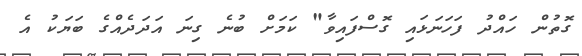
ގޮތުން ހައްދު ފަހަނަޅައި ގޮސްފައިވާ" ކަމަށް ބުނެ ގިނަ އަދަދެއްގެ ބަޔަކު އެ